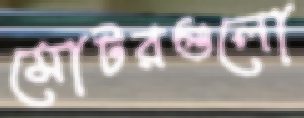
মোটরগুলো